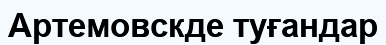
Артемовскде туғандар